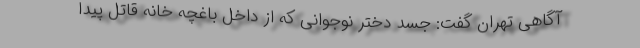
آگاهی تهران گفت: جسد دختر نوجوانی که از داخل باغچه خانه قاتل پیدا